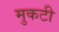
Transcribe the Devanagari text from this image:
मुकटी